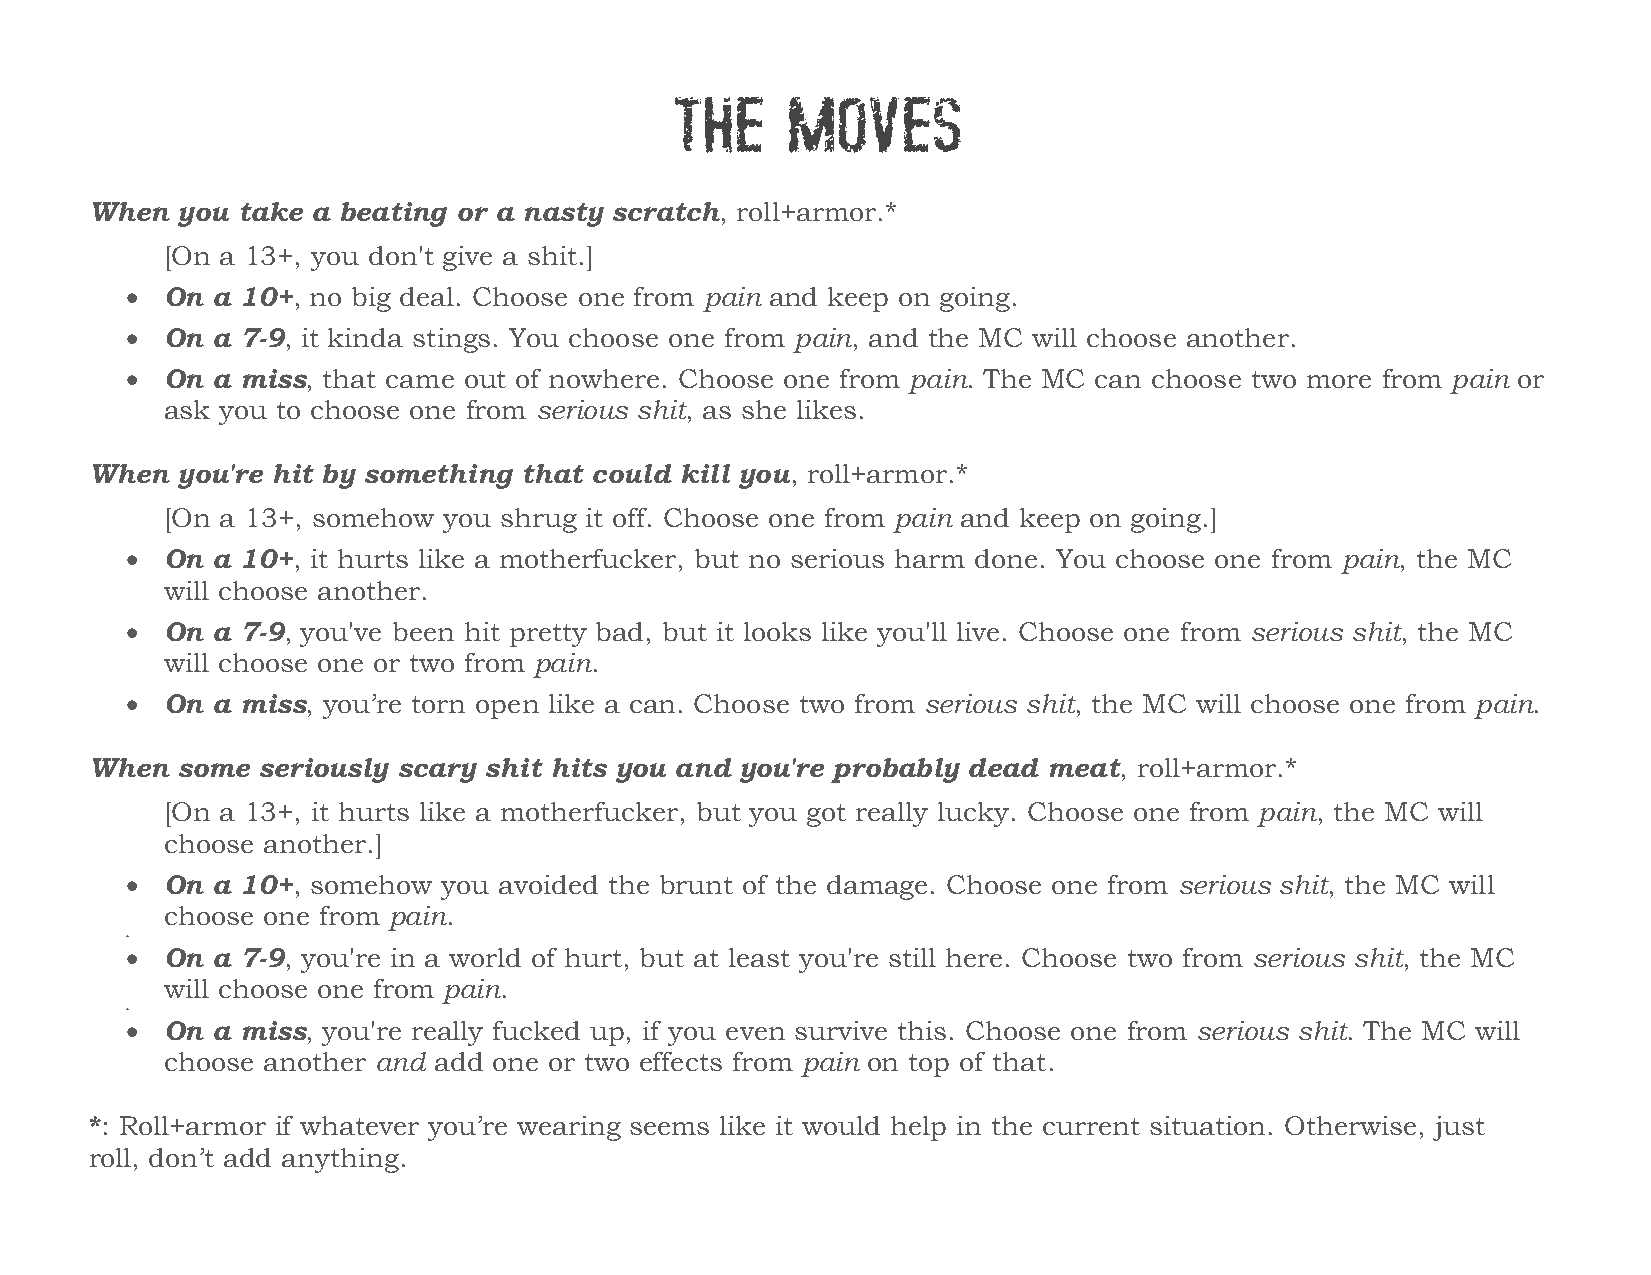
THE     MOVES
 When  you take a beating or a nasty scratch, roll+armor.*
 [On a 13+, you don't give a shit.]
   On a 10+, no big deal. Choose one from pain and keep on going.
   On a 7-9, it kinda stings. You choose one from pain, and the MC will choose another.
   On a miss, that came out of nowhere. Choose one from pain. The MC can choose two more from pain or
 ask you to choose one from serious shit, as she likes.
 When  you're hit by something that could kill you, roll+armor.*
 [On a 13+, somehow you shrug it off. Choose one from pain and keep on going.]
   On a 10+, it hurts like a motherfucker, but no serious harm done. You choose one from pain, the MC
 will choose another.
   On a 7-9, you've been hit pretty bad, but it looks like you'll live. Choose one from serious shit, the MC
 will choose one or two from pain.
   On a miss, you’re torn open like a can. Choose two from serious shit, the MC will choose one from pain.
 When  some seriously scary shit hits you and you're probably dead meat, roll+armor.*
 [On a 13+, it hurts like a motherfucker, but you got really lucky. Choose one from pain, the MC will
 choose another.]
   On a 10+, somehow you avoided the brunt of the damage. Choose one from serious shit, the MC will
 choose one from pain.
 
   On a 7-9, you're in a world of hurt, but at least you're still here. Choose two from serious shit, the MC
 will choose one from pain.
 
   On a miss, you're really fucked up, if you even survive this. Choose one from serious shit. The MC will
 choose another and add one or two effects from pain on top of that.
 *: Roll+armor if whatever you’re wearing seems like it would help in the current situation. Otherwise, just
 roll, don’t add anything.